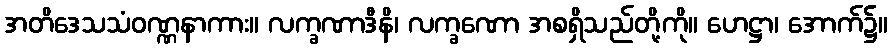
အတိဒေသသံဝဏ္ဏနာကား။ လက္ခဏာဒီနိ၊ လက္ခဏော အစရှိသည်တို့ကို။ ဟေဋ္ဌာ၊ အောက်၌။